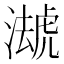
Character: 𧇦